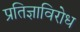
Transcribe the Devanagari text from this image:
प्रतिज्ञाविरोध